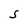
Character: S